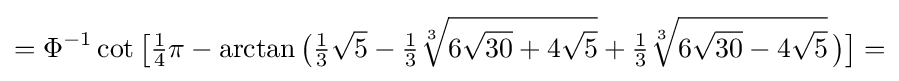
=\Phi ^{-1}\cot {\bigl [}{\tfrac {1}{4}}\pi -\arctan {\bigl (}{\tfrac {1}{3}}{\sqrt {5}}-{\tfrac {1}{3}}{\sqrt[{3}]{6{\sqrt {30}}+4{\sqrt {5}}}}+{\tfrac {1}{3}}{\sqrt[{3}]{6{\sqrt {30}}-4{\sqrt {5}}}}\,{\bigr )}{\bigr ]}=